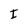
Character: I